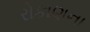
રોકાણના